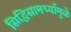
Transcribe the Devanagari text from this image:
सिद्धिसामर्थ्यामुळे